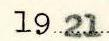
1921